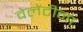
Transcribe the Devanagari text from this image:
वेलेंटीना